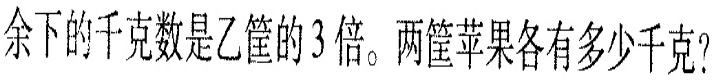
余下的千克数是乙筐的3倍。两筐苹果各有多少千克?